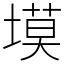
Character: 塻